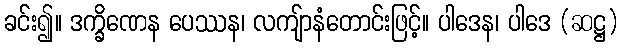
ခင်း၍။ ဒက္ခိဏေန ပေဿန၊ လကျ်ာနံတောင်းဖြင့်။ ပါဒေန၊ ပါဒေ (ဆဋ္ဌ)